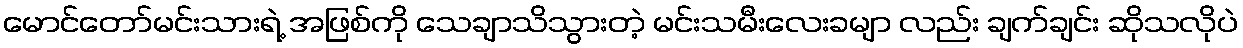
မောင်တော်မင်းသားရဲ့ အဖြစ်ကို သေချာသိသွားတဲ့ မင်းသမီးလေးခမျာ လည်း ချက်ချင်း ဆိုသလိုပဲ